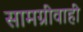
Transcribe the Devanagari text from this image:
सामग्रीवाही